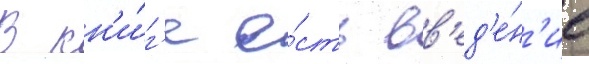
В кн'и́г'е е́сть вв'ед'е́н'ие